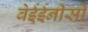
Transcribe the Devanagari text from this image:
बेईईनीसी